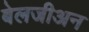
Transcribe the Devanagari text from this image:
बेलजीअन